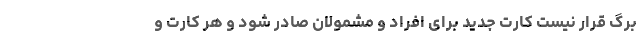
برگ قرار نیست کارت جدید برای افراد و مشمولان صادر شود و هر کارت و